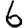
Digit: 6